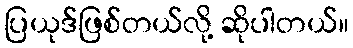
ပြယုဒ်ဖြစ်တယ်လို့ ဆိုပါတယ်။